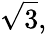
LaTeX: {\sqrt{3}},